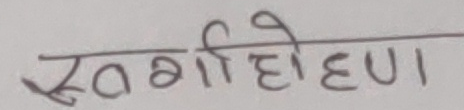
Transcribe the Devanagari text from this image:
स्वर्गियो हुन्